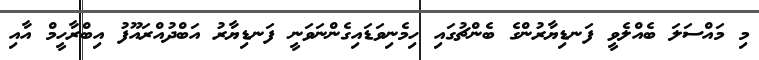
މި މައްސަލަ ބެއްލެވީ ފަނޑިޔާރުންގެ ބެންޗުގައި ހިމެނިވަޑައިގެންނަވަނީ ފަނޑިޔާރު އަބްދުއްރައޫފު އިބްރާހީމް އާއި